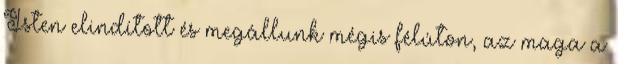
Isten elindított és megállunk mégis félúton, az maga a